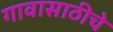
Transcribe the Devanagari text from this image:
गावासाठीचे